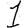
Digit: 1